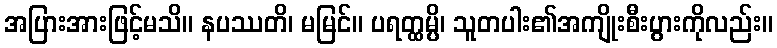
အပြားအားဖြင့်မသိ။ နပဿတိ၊ မမြင်။ ပရတ္ထမ္ပိ၊ သူတပါး၏အကျိုးစီးပွားကိုလည်း။